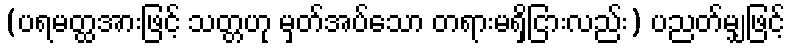
(ပရမတ္ထအားဖြင့် သတ္တဟု မှတ်အပ်သော တရားမရှိငြားလည်း) ပညတ်မျှဖြင့်